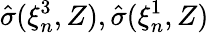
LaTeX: \hat{\sigma}(\xi_{n}^{3},Z),\hat{\sigma}(\xi_{n}^{1},Z)